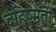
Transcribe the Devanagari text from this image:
बहिर्ष्मती